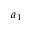
a _ { 1 }